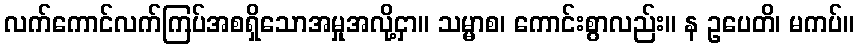
လက်ကောင်လက်ကြပ်အစရှိသောအမှုအလို့ငှာ။ သမ္မာစ၊ ကောင်းစွာလည်း။ န ဥပေတိ၊ မကပ်။